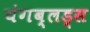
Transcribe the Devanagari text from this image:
यंगब्लड्स